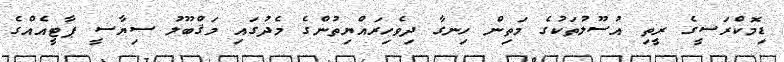
ޑިމޮކްރަސީގެ ރީތި އުސޫލުތަކުގެ މަތިން ހިނގާ ދިވެހިރައްޔިތުންގެ މެދުގައި މަޤްބޫލު ސިޔާސީ ޕާޓީއެއްގެ